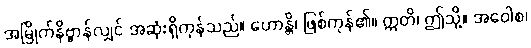
အမြိုက်နိဗ္ဗာန်လျှင် အဆုံးရှိကုန်သည်။ ဟောန္တိ၊ ဖြစ်ကုန်၏။ ဣတိ၊ ဤသို့။ အဝေါစ၊